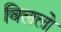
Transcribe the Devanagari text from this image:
विललो